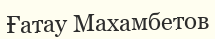
Ғатау Махамбетов